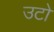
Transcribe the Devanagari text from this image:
उटो